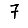
Digit: 7